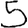
Digit: 5